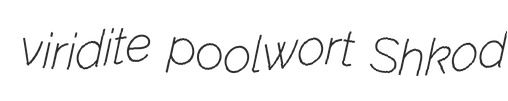
viridite poolwort Shkod